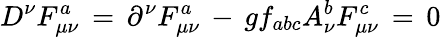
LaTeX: D^{\nu}F_{\mu\nu}^{a}\, =\, \partial^{\nu}F_{\mu\nu}^{a}\, -\, gf_{abc}A_{\nu}^{b}F_{\mu\nu}^{c}\, =\, 0